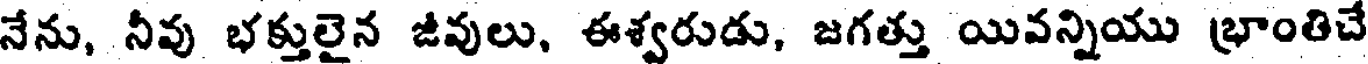
నేను, నీవు భక్తులైన జీవులు, ఈశ్వరుడు, జగత్తు యివన్నియు భ్రాంతిచే